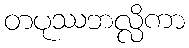
တပုဿဘလ္လိကာ